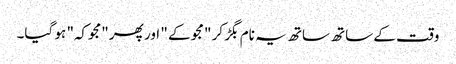
وقت کے ساتھ ساتھ یہ نام بگڑ کر "مجو کے " اور پھر "مجوکہ" ہو گیا۔